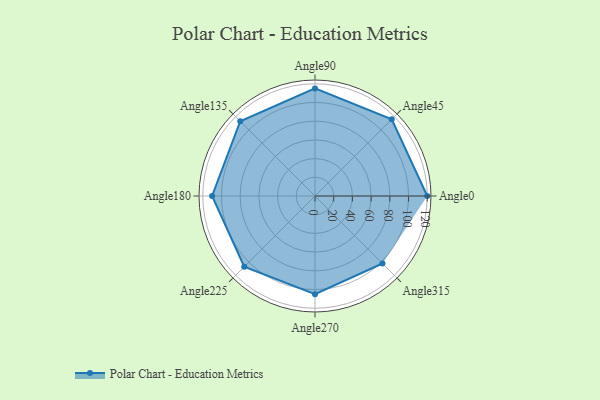
{"axis": {"x": "Angle", "y": "Radius"}, "legend": [""], "data": [{"x": "Angle0", "y": 120.0, "type": ""}, {"x": "Angle45", "y": 116.0, "type": ""}, {"x": "Angle90", "y": 115.0, "type": ""}, {"x": "Angle135", "y": 113.0, "type": ""}, {"x": "Angle180", "y": 110.0, "type": ""}, {"x": "Angle225", "y": 107.0, "type": ""}, {"x": "Angle270", "y": 105.0, "type": ""}, {"x": "Angle315", "y": 102.0, "type": ""}]}